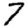
Digit: 7